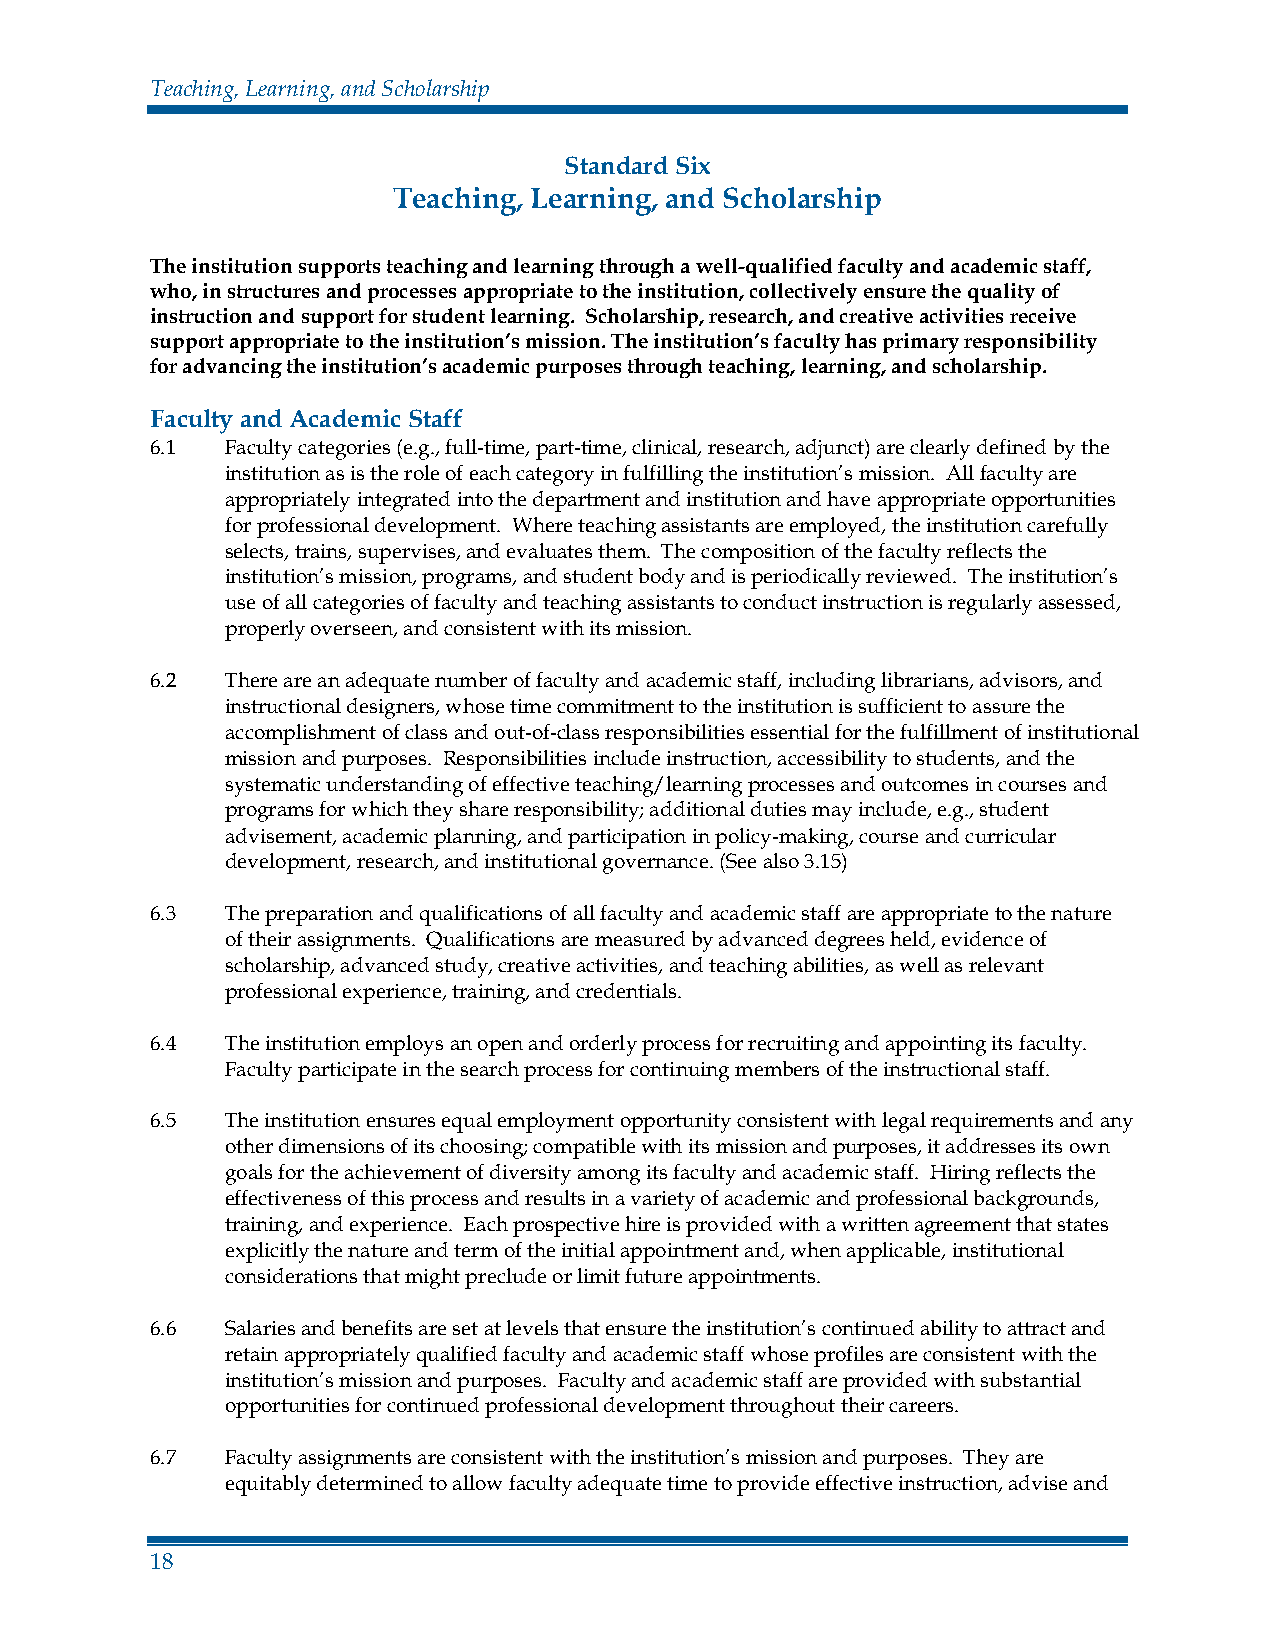
Teaching, Learning, and Scholarship
 Standard Six
 Teaching, Learning, and Scholarship
 The institution supports teaching and learning through a well-qualified faculty and academic staff,
 who, in structures and processes appropriate to the institution, collectively ensure the quality of
 instruction and support for student learning. Scholarship, research, and creative activities receive
 support appropriate to the institution’s mission. The institution’s faculty has primary responsibility
 for advancing the institution’s academic purposes through teaching, learning, and scholarship.
 Faculty and Academic Staff
 6.1  Faculty categories (e.g., full-time, part-time, clinical, research, adjunct) are clearly defined by the
 institution as is the role of each category in fulfilling the institution’s mission. All faculty are
 appropriately integrated into the department and institution and have appropriate opportunities
 for professional development. Where teaching assistants are employed, the institution carefully
 selects, trains, supervises, and evaluates them. The composition of the faculty reflects the
 institution’s mission, programs, and student body and is periodically reviewed. The institution’s
 use of all categories of faculty and teaching assistants to conduct instruction is regularly assessed,
 properly overseen, and consistent with its mission.
 6.2  There are an adequate number of faculty and academic staff, including librarians, advisors, and
 instructional designers, whose time commitment to the institution is sufficient to assure the
 accomplishment of class and out-of-class responsibilities essential for the fulfillment of institutional
 mission and purposes. Responsibilities include instruction, accessibility to students, and the
 systematic understanding of effective teaching/learning processes and outcomes in courses and
 programs for which they share responsibility; additional duties may include, e.g., student
 advisement, academic planning, and participation in policy-making, course and curricular
 development, research, and institutional governance. (See also 3.15)
 6.3  The preparation and qualifications of all faculty and academic staff are appropriate to the nature
 of their assignments. Qualifications are measured by advanced degrees held, evidence of
 scholarship, advanced study, creative activities, and teaching abilities, as well as relevant
 professional experience, training, and credentials.
 6.4  The institution employs an open and orderly process for recruiting and appointing its faculty.
 Faculty participate in the search process for continuing members of the instructional staff.
 6.5  The institution ensures equal employment opportunity consistent with legal requirements and any
 other dimensions of its choosing; compatible with its mission and purposes, it addresses its own
 goals for the achievement of diversity among its faculty and academic staff. Hiring reflects the
 effectiveness of this process and results in a variety of academic and professional backgrounds,
 training, and experience. Each prospective hire is provided with a written agreement that states
 explicitly the nature and term of the initial appointment and, when applicable, institutional
 considerations that might preclude or limit future appointments.
 6.6  Salaries and benefits are set at levels that ensure the institution’s continued ability to attract and
 retain appropriately qualified faculty and academic staff whose profiles are consistent with the
 institution’s mission and purposes. Faculty and academic staff are provided with substantial
 opportunities for continued professional development throughout their careers.
 6.7  Faculty assignments are consistent with the institution’s mission and purposes. They are
 equitably determined to allow faculty adequate time to provide effective instruction, advise and
 18